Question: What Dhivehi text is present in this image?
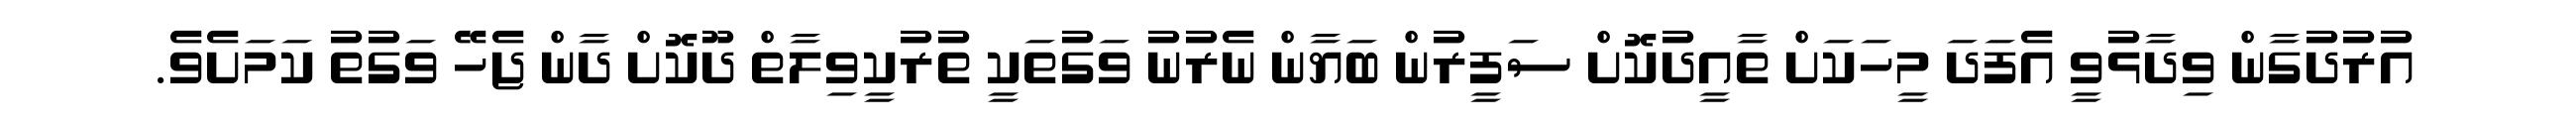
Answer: އުރުދުގާން ވިދާޅުވީ އެފަދަ މީހަކަށް ތާއީދުކޮށް ސަފީރުން ބަޔާން ނެރުނު ވަގުތަކީ ތުރުކީވިލާތް ދޫކޮށް ދާން ޖެހޭ ވަގުތު ކަމަށެވެ.